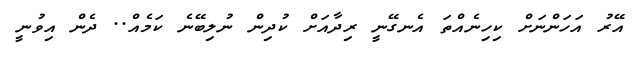
އޭރު އަހަންނަށް ކިހިނެއްތަ އެނގޭނީ ރިދާއަށް ކުދިން ނުލިބޭނެ ކަމެއް.. ދެން އިވުނީ